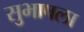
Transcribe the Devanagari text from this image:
सुभाषला